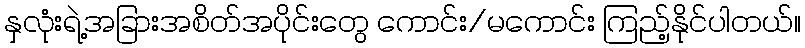
နှလုံးရဲ့အခြားအစိတ်အပိုင်းတွေ ကောင်း/မကောင်း ကြည့်နိုင်ပါတယ်။